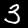
Digit: 3